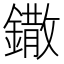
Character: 鏾